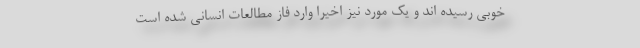
خوبی رسیده اند و یک مورد نیز اخیرا وارد فاز مطالعات انسانی شده است